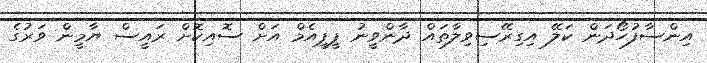
އިންސާފުހޯދަން ކަލޭ އިގިރޭސިވިލާތައް ދާންވީނު ޕީޕީއެމް އަށް ސޮއިކޮށް ރައީސް ޔާމީން ވަރުގެ